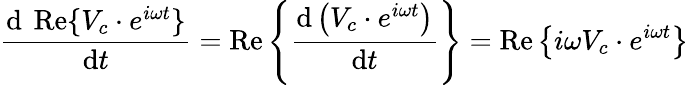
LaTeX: {\frac{\mathrm{d}\ \operatorname{Re}\{ V_{c}\cdot e^{i\omega t}\} }{\mathrm{d}t}}=\operatorname{Re}\left\{ {\frac{\mathrm{d}\left(V_{c}\cdot e^{i\omega t}\right)}{\mathrm{d}t}}\right\} =\operatorname{Re}\left\{ i\omega V_{c}\cdot e^{i\omega t}\right\}